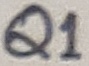
Text: Q1